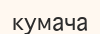
кумача